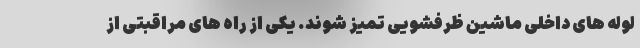
لوله های داخلی ماشین ظرفشویی تمیز شوند. یکی از راه های مراقبتی از